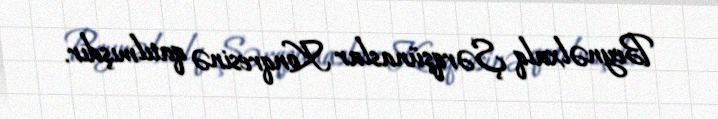
Beynəlxalq Şərqşünaslar Konqresinə qatılmışdır.